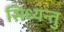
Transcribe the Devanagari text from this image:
सिध्यन्तु